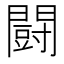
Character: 闘